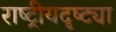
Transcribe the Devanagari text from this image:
राष्‍ट्रीयदृष्ट्या